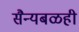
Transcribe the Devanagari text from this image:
सैन्यबळही